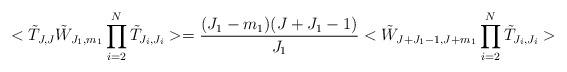
LaTeX: \begin{align*}<\tilde{T}_{J,J}\tilde{W}_{J_{1},m_{1}}\prod _{i=2}^{N} \tilde{T}_{J_{i},J_{i}}>= \frac{(J_{1}-m_{1})(J+J_{1}-1)}{J_{1}} <\tilde{W}_{J+J_{1}-1,J+m_{1}}\prod_{i=2}^{N}\tilde{T}_{J_{i},J_{i}}> \end{align*}